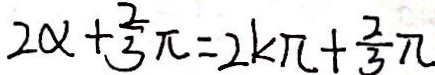
2 \alpha + \frac { 2 } { 3 } \pi = 2 k \pi + \frac { 2 } { 3 } \pi